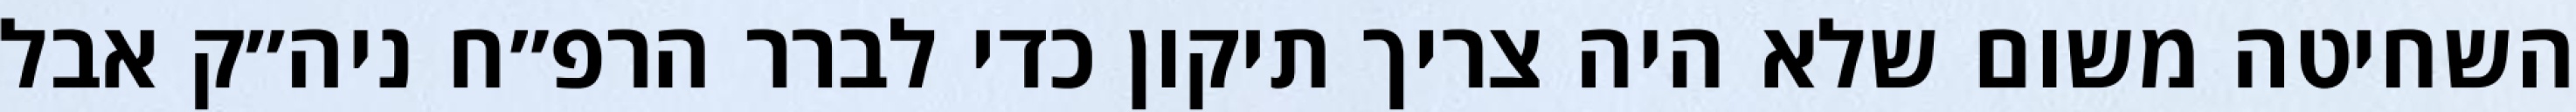
השחיטה משום שלא היה צריך תיקון כדי לברר הרפ״ח ניה״ק אבל